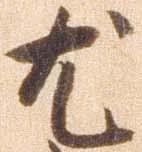
尤